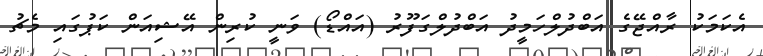
އެކަމަކު ރާއްޖޭގެ އަބްދުލްހަމީދު އަބްދުލްގަފޫރު (އައްޑޯ) ވަނީ ކުރިން އޭޝިއަން ކަޕުގައި މެޗު